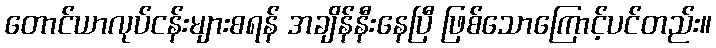
တောင်ယာလုပ်ငန်းများစရန် အချိန်နီးနေပြီ ဖြစ်သောကြောင့်ပင်တည်း။